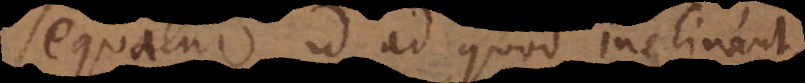
sequatur id ad quod inclinant